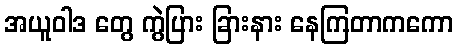
အယူဝါဒ တွေ ကွဲပြား ခြားနား နေကြတာကကော